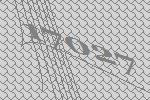
17027